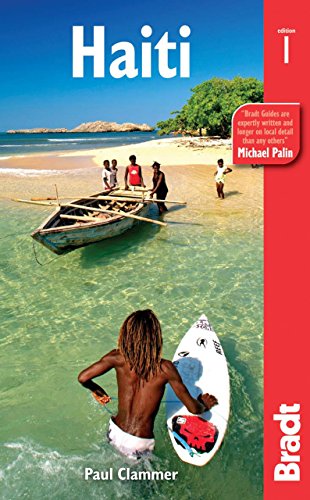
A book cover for Haiti (Bradt Travel Guide); Paul Clammer; Travel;